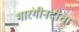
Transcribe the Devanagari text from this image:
भारंगीनदीचा